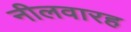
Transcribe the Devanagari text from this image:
नीलवारह